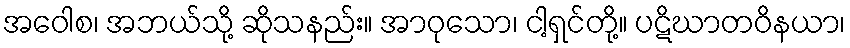
အဝေါစ၊ အဘယ်သို့ ဆိုသနည်း။ အာဝုသော၊ ငါ့ရှင်တို့။ ပဋိဃာတဝိနယာ၊